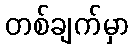
တစ်ချက်မှာ